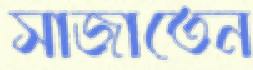
সাজাতেন